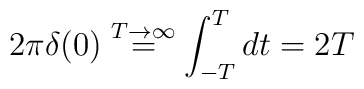
2\pi \delta (0) \stackrel{T\rightarrow \infty}{=}\int_{-T}^{T} dt = 2T